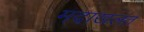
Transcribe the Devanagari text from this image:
मदाखलत